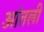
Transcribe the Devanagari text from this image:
आंतली